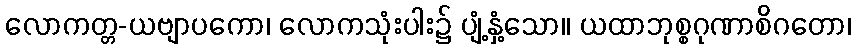
လောကတ္တ-ယဗျာပကော၊ လောကသုံးပါး၌ ပျံ့နှံ့သော။ ယထာဘုစ္စဂုဏာစိဂတော၊